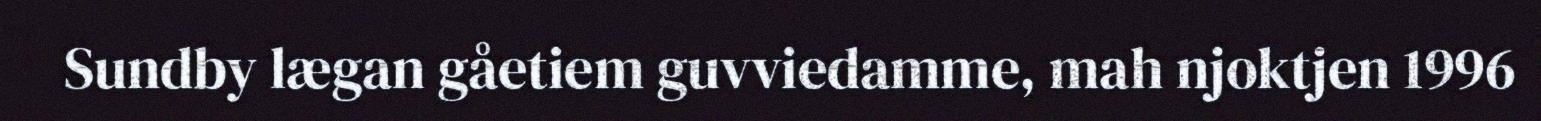
Sundby lægan gåetiem guvviedamme, mah njoktjen 1996